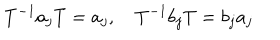
T ^ { - 1 } a _ { j } T = a _ { j } , \quad T ^ { - 1 } b _ { j } T = b _ { j } a _ { j }